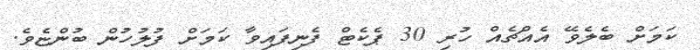
ކަމަށް ބެލެވޭ އެއްޗެއް ހުރި 30 ޕެކެޓް ފެނިފައިވާ ކަމަށް ފުލުހުން ބުންޏެވެ.